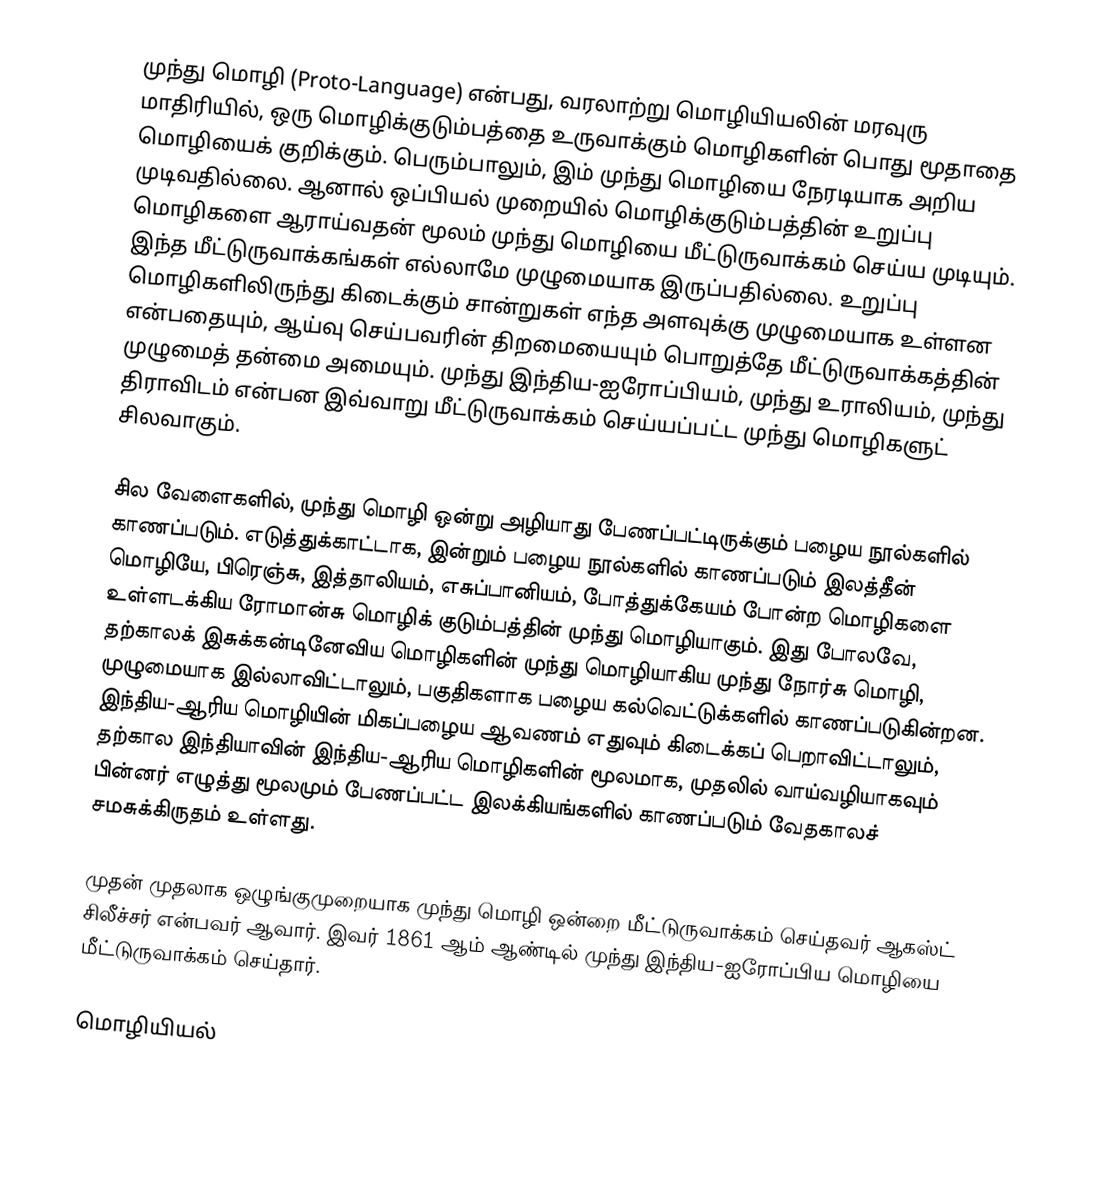
முந்து மொழி (Proto-Language) என்பது, வரலாற்று மொழியியலின் மரவுரு மாதிரியில், ஒரு மொழிக்குடும்பத்தை உருவாக்கும் மொழிகளின் பொது மூதாதை மொழியைக் குறிக்கும். பெரும்பாலும், இம் முந்து மொழியை நேரடியாக அறிய முடிவதில்லை. ஆனால் ஒப்பியல் முறையில் மொழிக்குடும்பத்தின் உறுப்பு மொழிகளை ஆராய்வதன் மூலம் முந்து மொழியை மீட்டுருவாக்கம் செய்ய முடியும். இந்த மீட்டுருவாக்கங்கள் எல்லாமே முழுமையாக இருப்பதில்லை. உறுப்பு மொழிகளிலிருந்து கிடைக்கும் சான்றுகள் எந்த அளவுக்கு முழுமையாக உள்ளன என்பதையும், ஆய்வு செய்பவரின் திறமையையும் பொறுத்தே மீட்டுருவாக்கத்தின் முழுமைத் தன்மை அமையும். முந்து இந்திய-ஐரோப்பியம், முந்து உராலியம், முந்து திராவிடம் என்பன இவ்வாறு மீட்டுருவாக்கம் செய்யப்பட்ட முந்து மொழிகளுட் சிலவாகும்.

சில வேளைகளில், முந்து மொழி ஒன்று அழியாது பேணப்பட்டிருக்கும் பழைய நூல்களில் காணப்படும். எடுத்துக்காட்டாக, இன்றும் பழைய நூல்களில் காணப்படும் இலத்தீன் மொழியே, பிரெஞ்சு, இத்தாலியம், எசுப்பானியம், போத்துக்கேயம் போன்ற மொழிகளை உள்ளடக்கிய ரோமான்சு மொழிக் குடும்பத்தின் முந்து மொழியாகும். இது போலவே, தற்காலக் இசுக்கன்டினேவிய மொழிகளின் முந்து மொழியாகிய முந்து நோர்சு மொழி, முழுமையாக இல்லாவிட்டாலும், பகுதிகளாக பழைய கல்வெட்டுக்களில் காணப்படுகின்றன. இந்திய-ஆரிய மொழியின் மிகப்பழைய ஆவணம் எதுவும் கிடைக்கப் பெறாவிட்டாலும், தற்கால இந்தியாவின் இந்திய-ஆரிய மொழிகளின் மூலமாக, முதலில் வாய்வழியாகவும் பின்னர் எழுத்து மூலமும் பேணப்பட்ட இலக்கியங்களில் காணப்படும் வேதகாலச் சமசுக்கிருதம் உள்ளது.

முதன் முதலாக ஒழுங்குமுறையாக முந்து மொழி ஒன்றை மீட்டுருவாக்கம் செய்தவர் ஆகஸ்ட் சிலீச்சர் என்பவர் ஆவார். இவர் 1861 ஆம் ஆண்டில் முந்து இந்திய-ஐரோப்பிய மொழியை மீட்டுருவாக்கம் செய்தார்.

மொழியியல்